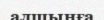
алшынға